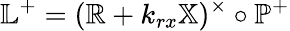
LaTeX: \mathbb{L}^{+}=(\mathbb{R}+k_{rx}\mathbb{X})^{\times}\circ\mathbb{P}^{+}